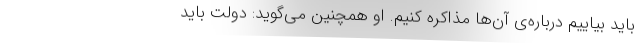
باید بیاییم درباره‌ی آن‌ها مذاکره کنیم. او همچنین می‌گوید: دولت باید